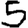
Digit: 5